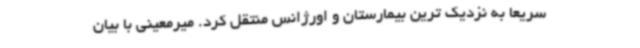
سریعاً به نزدیک ترین بیمارستان و اورژانس منتقل کرد. میرمعینی با بیان